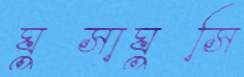
ঘুসাঘুসি